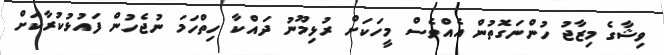
ވިޝާގެ މިޒާޖު ހުންނަގޮތުން އެއްވެސް މީހަކަށް ރުޅިމޫނު ދައްކާ ހިތްހަމަ ނުޖެހުން ފައުޅުކުރާކަށް